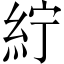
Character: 紵